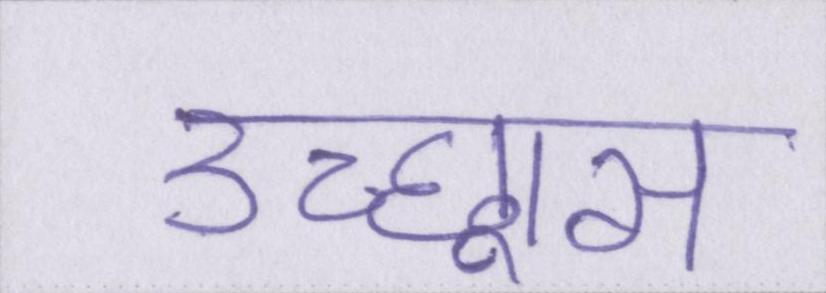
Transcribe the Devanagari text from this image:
उच्छ्वास